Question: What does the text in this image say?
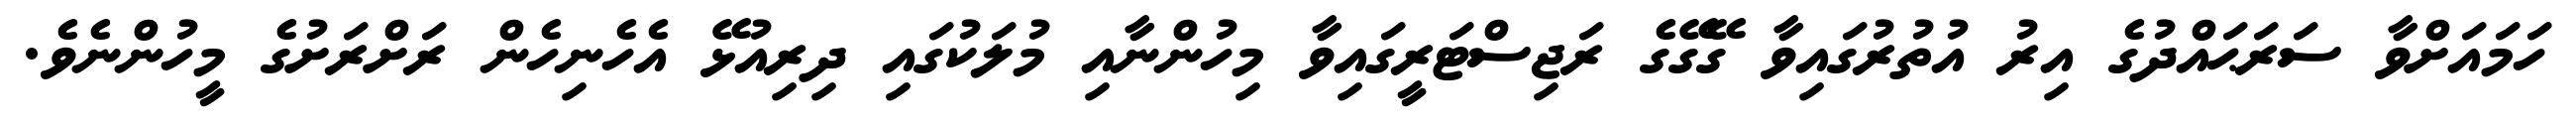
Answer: ހަމައަށްވާ ސަރަޙައްދުގެ އިރު އުތުރުގައިވާ ގޭގޭގެ ރަޖިސްޓަރީގައިވާ މިހުންނާއި މުލަކުގައި ދިރިއުޅޭ އެހެނިހެން ރަށްރަށުގެ މީހުންނެވެ.